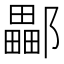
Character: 𨞽